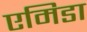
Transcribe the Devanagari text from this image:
एमिडा